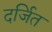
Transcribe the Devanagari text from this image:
दर्जित